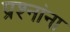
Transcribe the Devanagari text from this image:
प्रश्‍नांना